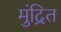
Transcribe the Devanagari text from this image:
मुंद्रित